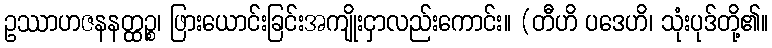
ဥဿာဟဇနနတ္ထဉ္စ၊ ဖြားယောင်းခြင်းအကျိုးငှာလည်းကောင်း။ (တီဟိ ပဒေဟိ၊ သုံးပုဒ်တို့၏။